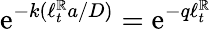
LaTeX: \mathrm{e}^{-k(\ell_{t}^{\mathbb{R}}a/D)}=\mathrm{e}^{-q\ell_{t}^{\mathbb{R}}}